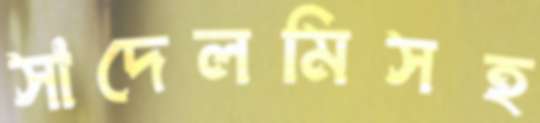
সাদেলমিসহ